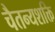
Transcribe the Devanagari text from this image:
चैतन्यशक्ति